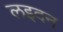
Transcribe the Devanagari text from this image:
लइदन